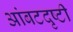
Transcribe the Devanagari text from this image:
आंबटदृष्टी